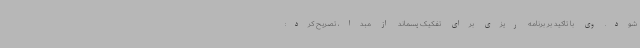
شود. وی با تاکید بر برنامه ریزی برای تفکیک پسماند از مبدا، تصریح کرد: